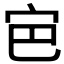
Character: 𭓡